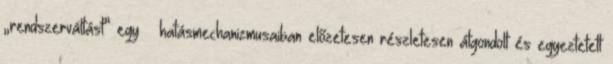
„rendszerváltást” egy – ha­tás­­mechanizmusaiban előzetesen részletesen át­gon­dolt és egyez­te­tett